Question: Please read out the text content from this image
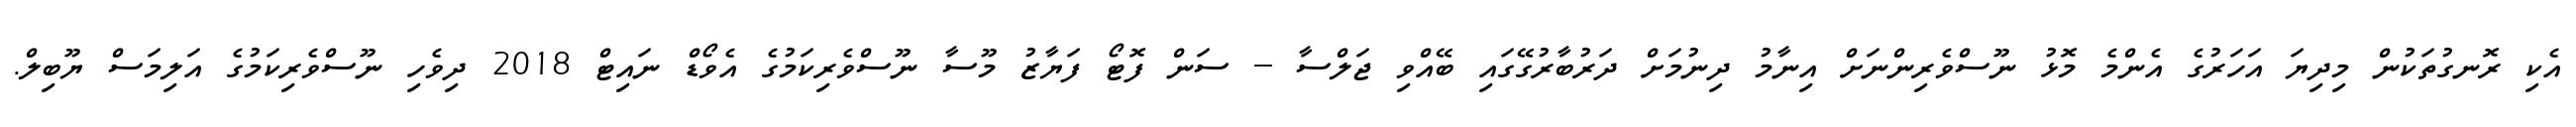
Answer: އެކި ރޮނގުތަކުން މިދިޔަ އަހަރުގެ އެންމެ މޮޅު ނޫސްވެރިންނަށް އިނާމު ދިނުމަށް ދަރުބާރުގޭގައި ބޭއްވި ޖަލްސާ -- ސަން ފޮޓޯ ފަޔާޒު މޫސާ ނޫސްވެރިކަމުގެ އެވޯޑް ނައިޓް 2018 ދިވެހި ނޫސްވެރިކަމުގެ އަލިމަސް ޔޫބިލް.